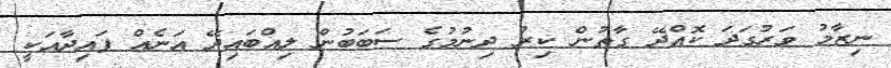
ނިޒާމު ވަރުގަދަ ކޮއްދޭ ގާތުން ކިރު ދިނުމުގެ ސަބަބުން ލިއްބައިދޭ އަނެއް ފައިދާއަކީ